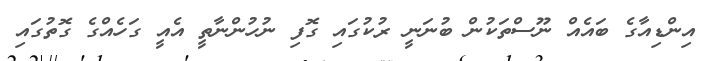
އިންޑިއާގެ ބައެއް ނޫސްތަކުން ބުނަނީ ރުކުގައި ގޮފި ނުހުންނާތީ އެއީ ގަހެއްގެ ގޮތުގައި